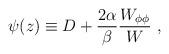
LaTeX: \begin{align*}\psi(z)\equiv D+{2\alpha\over\beta} {W_{\phi\phi}\over W}~,\end{align*}